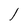
Character: l